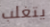
يتغلب